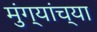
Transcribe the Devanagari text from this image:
मुंग्यांच्या